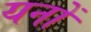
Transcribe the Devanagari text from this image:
यनों